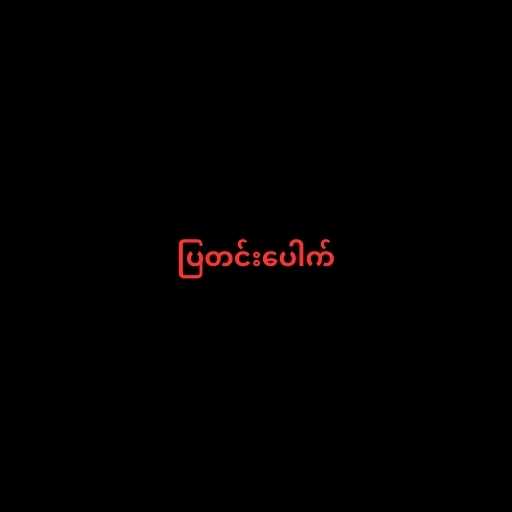
ပြတင်းပေါက်